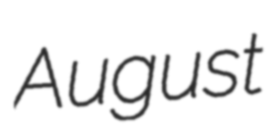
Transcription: August